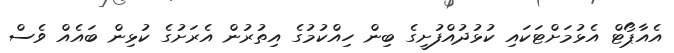
އެއާޕޯޓް އެޅުމަށްޓަކައި ކުޅުދުއްފުށީގެ ބިން ހިއްކުމުގެ އިތުރުން އެރަށުގެ ކުޅިން ބައެއް ވެސް